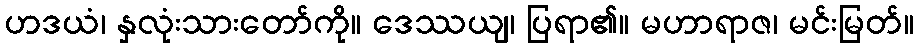
ဟဒယံ၊ နှလုံးသားတော်ကို။ ဒေဿယျ၊ ပြရာ၏။ မဟာရာဇ၊ မင်းမြတ်။